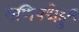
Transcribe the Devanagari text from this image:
मणिपद्मेहुम